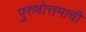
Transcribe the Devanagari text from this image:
पुरुषोत्तमाची